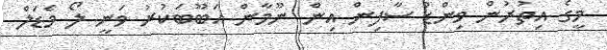
މީގެ އިތުރުން ވިންޑް ސާފިން އިން ނޫމާން އަބޫބަކުރު ވަނީ ލޯ މެޑަލް